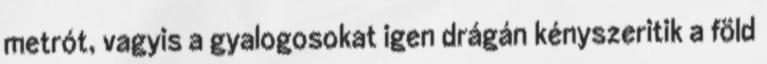
metrót, vagyis a gyalogosokat igen drágán kényszeritik a föld